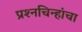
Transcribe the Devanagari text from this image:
प्रश्‍नचिन्हांचा